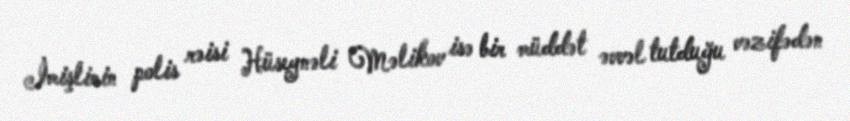
İmişlinin polis rəisi Hüseynəli Məlikov isə bir müddət əvvəl tutduğu vəzifədən